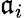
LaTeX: \mathfrak{a}_{i}